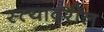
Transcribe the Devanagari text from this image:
स्त्यावरील